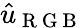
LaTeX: \hat{u}_{\mathrm{~R~G~B~}}